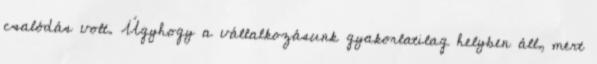
csalódás volt. Úgyhogy a vállalkozásunk gyakorlatilag helyben áll, mert